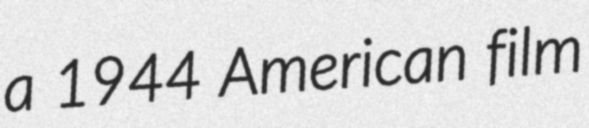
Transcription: a 1944 American film